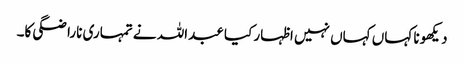
دیکھو نا کہاں کہاں نہیں اظہار کیا عبداللہ نے تمہاری ناراضگی کا۔